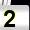
Digit: 2